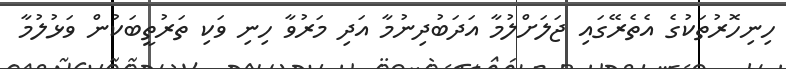
ހިނިހޮރުތަކުގެ އެތެރޭގައި ޖަލަށްލުމާ އަދަބުދިނުމާ އަދި މަރުވާ ހިނި ވަކި ތަރުތީބަކުން ވަޅުލުމާ